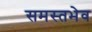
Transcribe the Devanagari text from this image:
समस्तभेव